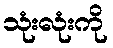
သုံးလုံးကို